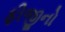
ફીજીનો